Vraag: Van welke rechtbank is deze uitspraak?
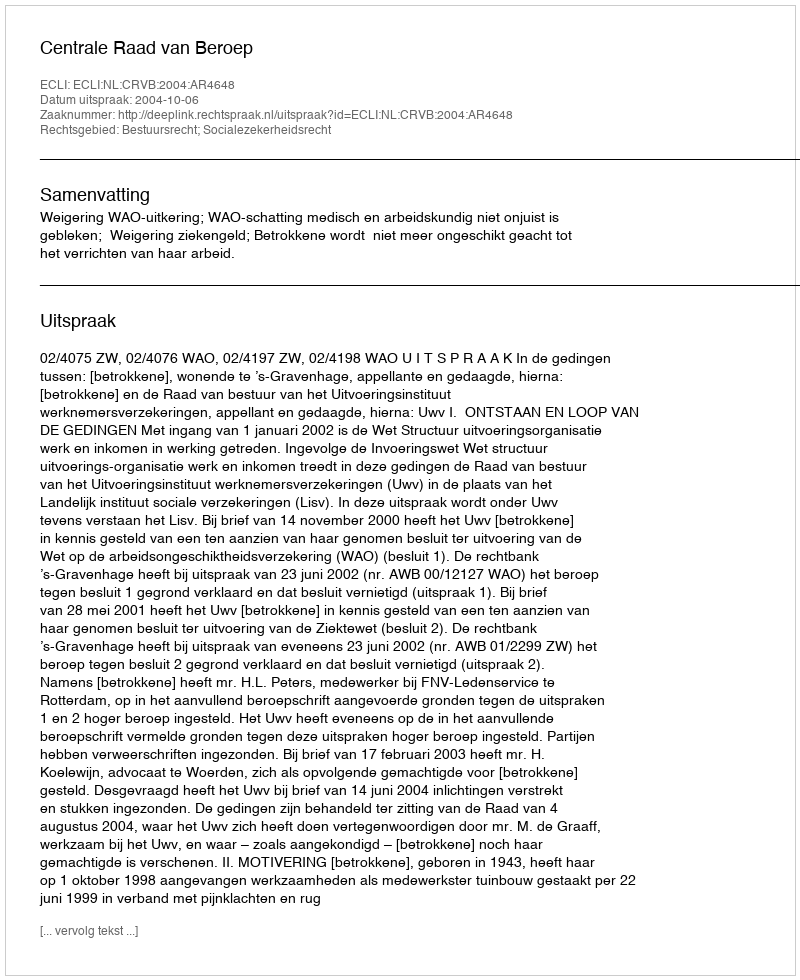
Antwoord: Centrale Raad van Beroep